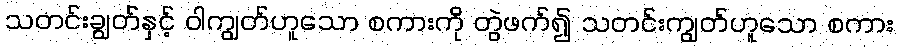
သတင်းချွတ်နှင့် ဝါကျွတ်ဟူသော စကားကို တွဲဖက်၍ သတင်းကျွတ်ဟူသော စကား